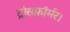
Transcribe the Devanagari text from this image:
ट्रांसफ़ॉर्मर।